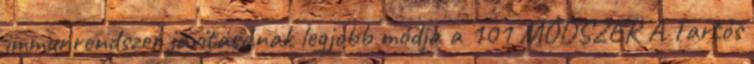
immunrendszer javításának legjobb módja a 101 MÓDSZER A Tartós